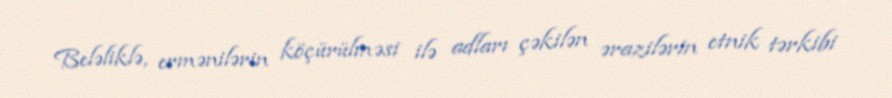
Beləliklə, ermənilərin köçürülməsi ilə adları çəkilən ərazilərin etnik tərkibi